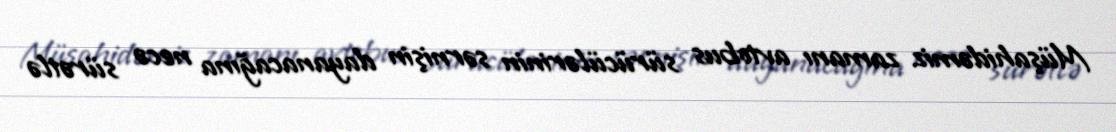
Müşahidəmiz zamanı avtobus sürücülərinin sərnişin dayanacağına necə sürətlə